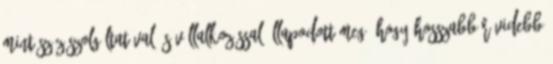
mint száz szolgáltatóval és vállalkozással állapodott meg, hogy hosszabb-rövidebb